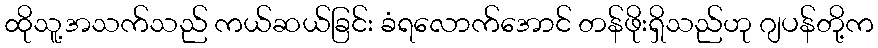
ထိုသူ့အသက်သည် ကယ်ဆယ်ခြင်း ခံရလောက်အောင် တန်ဖိုးရှိသည်ဟု ဂျပန်တို့က